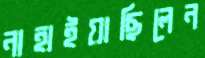
নাহাইয়াছিলেন